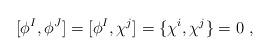
LaTeX: \begin{align*}[\phi^I,\phi^J]=[\phi^I,\chi^j]=\{\chi^i,\chi^j\}=0\ ,\end{align*}